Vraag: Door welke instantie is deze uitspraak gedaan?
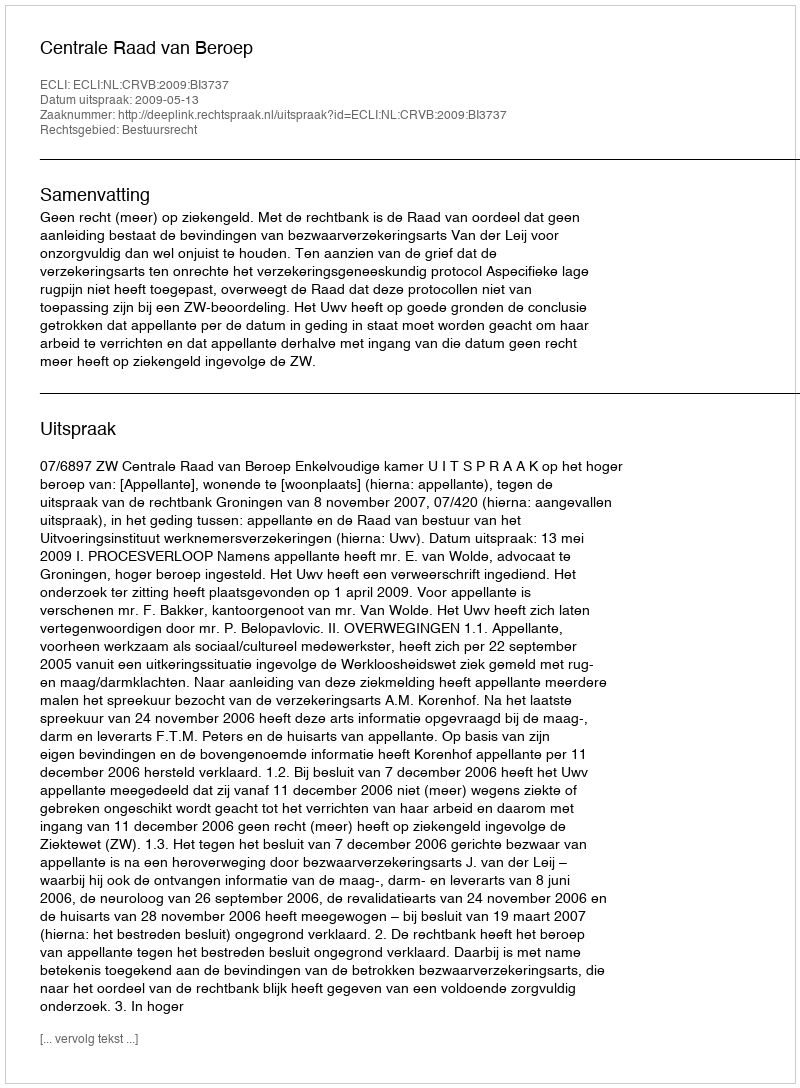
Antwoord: Centrale Raad van Beroep